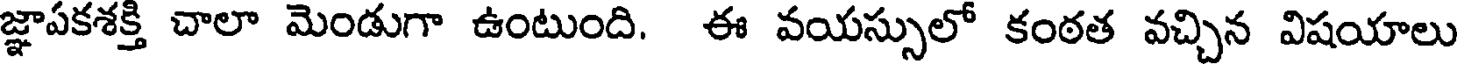
జ్ఞాపకశక్తి చాలా మెండుగా ఉంటుంది. ఈ వయస్సులో కంఠత వచ్చిన విషయాలు